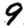
Digit: 9